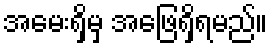
အမေးရှိမှ အဖြေရှိရမည်။